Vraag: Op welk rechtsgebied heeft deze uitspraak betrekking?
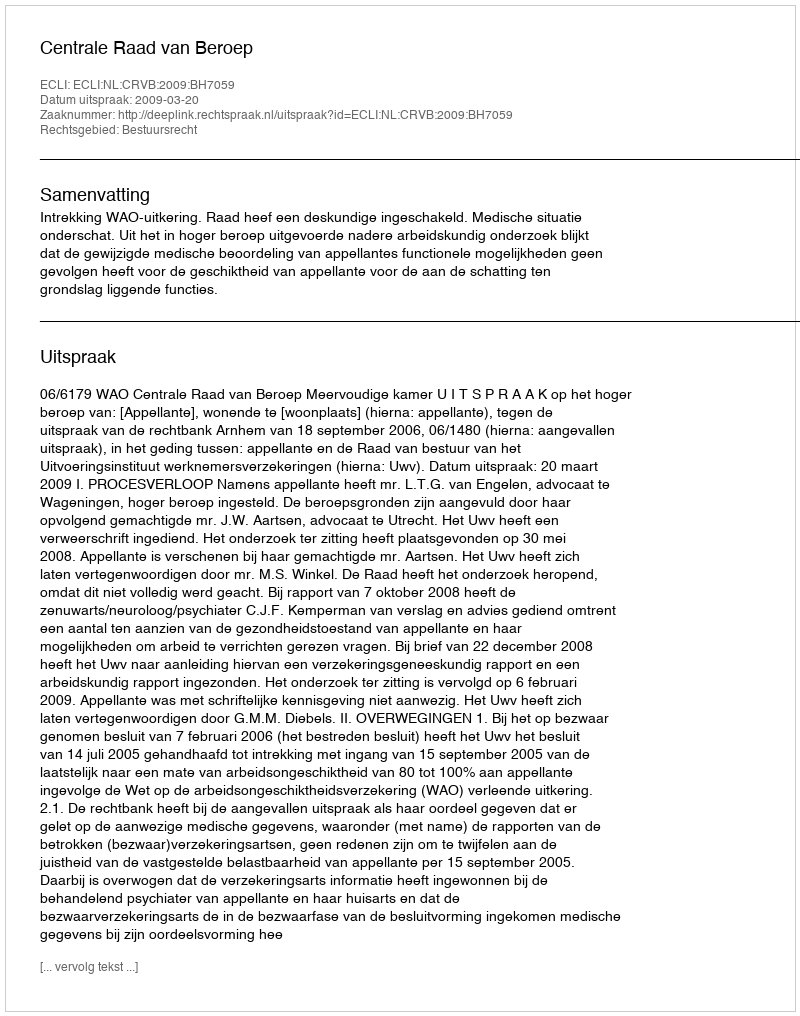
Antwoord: Bestuursrecht